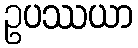
ဥပဿယာ